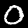
Digit: 0